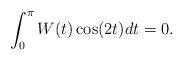
LaTeX: \begin{align*}\int_0^\pi W(t) \cos(2t)dt=0.\end{align*}